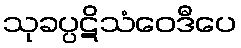
သုခပ္ပဋိသံဝေဒီပေ